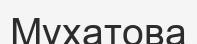
Мұхатова